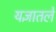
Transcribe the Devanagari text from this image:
यज्ञातले